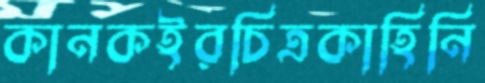
কানকইরচিত্রকাহিনি